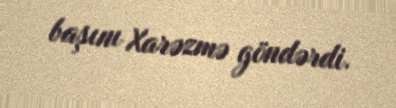
başını Xarəzmə göndərdi.